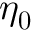
\boldsymbol { \eta _ { 0 } }